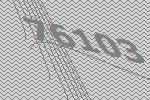
76103